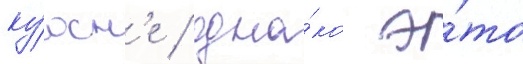
ку́хн'е / одна́ко э́то